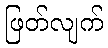
ဖြတ်လျက်